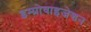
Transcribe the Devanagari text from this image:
इम्प्रोवाइजेशन